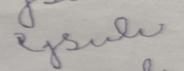
Signature authenticity: forged